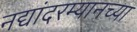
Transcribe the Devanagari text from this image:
नद्यांदरम्यानच्या